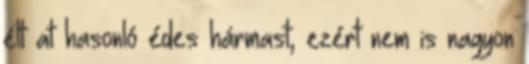
élt at hasonló édes hármast, ezért nem is nagyon